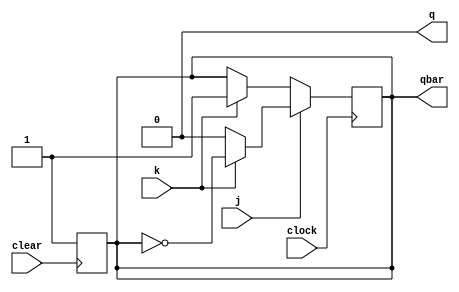
module jk_flipflop(j, k, clear, clock, q, qbar);
	input j, k, clock, clear;
	output reg q = 0, qbar;
	
	always @(posedge clock)
		begin
			if(j == 0)
				begin
					if (k == 0)
						begin
							q <= q;
							qbar <= qbar;
						end
					if (k == 1)
						begin
							q <= 0;
							qbar <= 1;
						end
				end
			else if(j == 1)
				begin
					if (k == 0)
						begin
							q <= 1;
							qbar <= 0;
						end
					if (k == 1)
						begin
							q <= ~q;
							qbar <= ~qbar;
						end
				end
		end
		
	always @(negedge clear)
		begin
			q <= 0;
			qbar <= 1;
		end
	
endmodule